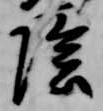
陰